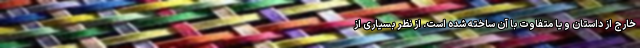
خارج از داستان و یا متفاوت با آن ساخته شده است. از نظرِ بسیاری از